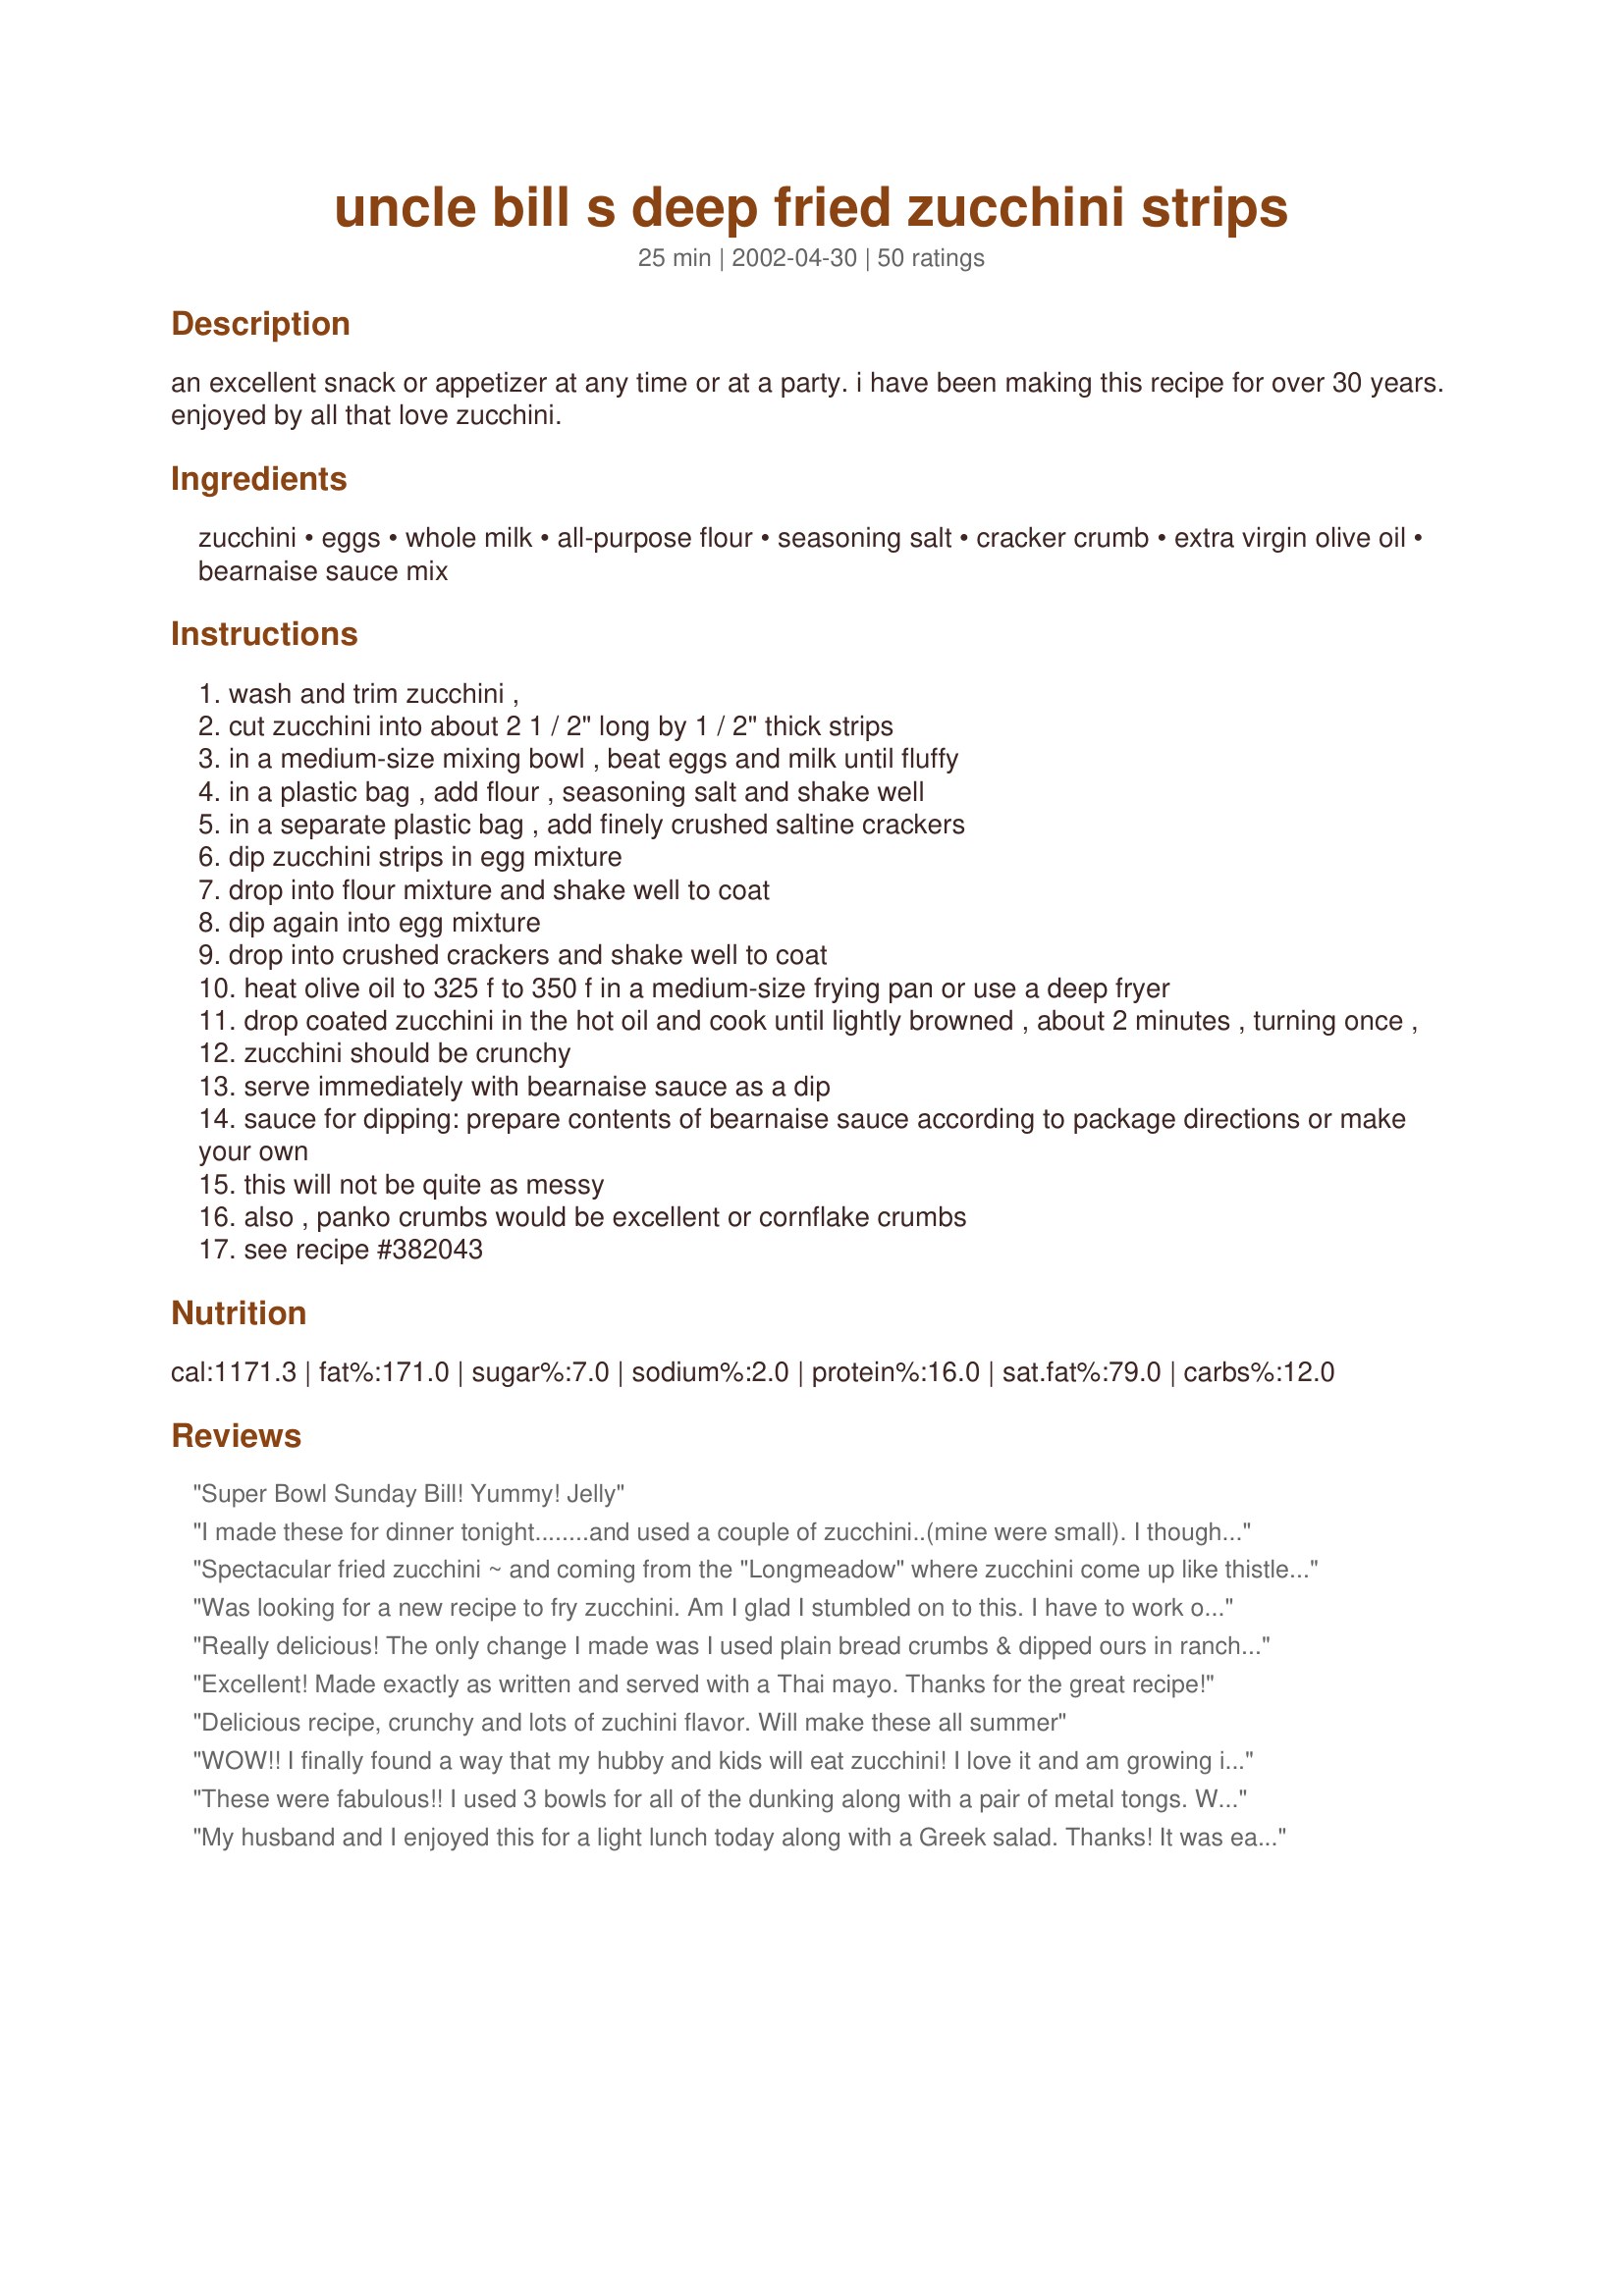
uncle bill s deep fried zucchini strips
Preparation time: 25 minutes

an excellent snack or appetizer at any time or at a party. i have been making this recipe for over 30 years. enjoyed by all that love zucchini.

Ingredients:
zucchini, eggs, whole milk, all-purpose flour, seasoning salt, cracker crumb, extra virgin olive oil, bearnaise sauce mix

Steps:
wash and trim zucchini ,
cut zucchini into about 2 1 / 2" long by 1 / 2" thick strips
in a medium-size mixing bowl , beat eggs and milk until fluffy
in a plastic bag , add flour , seasoning salt and shake well
in a separate plastic bag , add finely crushed saltine crackers
dip zucchini strips in egg mixture
drop into flour mixture and shake well to coat
dip again into egg mixture
drop into crushed crackers and shake well to coat
heat olive oil to 325 f to 350 f in a medium-size frying pan or use a deep fryer
drop coated zucchini in the hot oil and cook until lightly browned , about 2 minutes , turning once ,
zucchini should be crunchy
serve immediately with bearnaise sauce as a dip
sauce for dipping: prepare contents of bearnaise sauce according to package directions or make your own
this will not be quite as messy
also , panko crumbs would be excellent or cornflake crumbs
see recipe #382043

Reviews:
Super Bowl Sunday Bill! Yummy!
Jelly
I made these for dinner tonight........and used a couple of zucchini..(mine were small). <br/>I thought I made too many, but the last left-overs were gone within an hour after dinner !<br/>They are just as good when they cool as when hot. Very good and easy to prepare. Thanks Uncle Bill. Donna
Spectacular fried zucchini ~ and coming from the "Longmeadow" where zucchini come up like thistle growing in our long fields....this comes at the most appropriate time. Man, these are great! The only small change was adding some Tabasco to the egg/milk mixture ~ (but certainly no need to!) I used the Bearnaise sauce...and this complimented the sticks....perfectly. I used panko, and also after dipping the second time in the flour, I let them sit for about 5 minutes then put into panko and that took hold as though I lassoed it to itself. Great recipe, Uncle Bill! Hugs from the farm.
Was looking for a new recipe to fry zucchini. Am I glad I stumbled on to this. I have to work out a system, as it is rather messy, but definitely worth it! Two thumbs and toes up for this one!
Really delicious! The only change I made was I used plain bread crumbs & dipped ours in ranch dressing. My teen who doesn't like veggies, gobbled these up! Go figure!
Excellent! Made exactly as written and served with a Thai mayo. Thanks for the great recipe!
Delicious recipe, crunchy and lots of zuchini flavor. Will make these all summer
WOW!! I finally found a way that my hubby and kids will eat zucchini! I love it and am growing it in the garden but I could not get them to eat it unless it was in zucchini bread. Even my picky hubby loved them. I do need to figure out a less messy way to do it though. My kitchen was a disaster after making them....but they were SOO worth it. I ran out of ranch and the kids started dipping in thousand island dressing and it was actually really good!
These were fabulous!! I used 3 bowls for all of the dunking along with a pair of metal tongs. We also used this to make cheese sticks and they turned out GREAT! I found that what worked best for us was to cut the zucchini into 1/2 inch wide strips, and just over 1/4 inch thick, but we like a lot of "crumb coating" too :) I used just about 1/2 inch of oil and it worked just fine. I think this would be fabulous with other veggies too, like cauliflower or mushrooms!
My husband and I enjoyed this for a light lunch today along with a Greek salad. Thanks! It was easy and so very tasty! Made for the TYM game in the cookbooks forum.
Fabulous! This tasted exactly like deep fried zucchini I have had in restaurants. My husband, who is sick and tired of me sneaking zucchini into everything in an attempt to get rid of it, asked for seconds of this! Suggestion: cut the strips of zucchini fairly thin. The first batch I made was cut too thick, and they were still very crunchy on the inside when the outside was golden brown.
The breading process got a little messy, but no pain -- no gain, right? Totally worth it. And I don't even LIKE zucchini, I made this for my hubby. I served w/ homemade "horsey sauce," and it was GONE within minutes. We loved it and would make again, for sure. Thanks Uncle Bill!
My husband and sister in law loved these for our sunday night dinner. i served them with a baked spaghetti and garlic bread...it was to die for!!!i added a bit of fresh cracked sea salt immedietly to them as i pulled them from the deep fryer and they were sensational
I used buttermilk instead of the whole milk. I also used bread crumbs instead of the cracker crumbs. The zucchini turned out delicious, thanks for the recipe.
Yum! Very good! Thanks for posting! This was my first attempt at ever making anything with zucchini and I've rarely deep fried anything so this was an adventure and not too difficult. I didn't want to use so much oil so I sliced the zucchini into circles I could flip rather than into thick long strips. I also had no seasoning salt but added garlic powder, onion powder, pepper and salt to the flour mixture. (I did only one zucchini and had a lot of flour left.) I also decided to add breadcrumbs to my crackers as I simply squished little soup crackers with my fingers and they still seemed too big. Glad I did that because I did end up running out of crackers. (The ones with the crackers did taste much better than plain breadcrumbs though.) I'm not big on dipping but did put a few in spaghetti sauce. eh...just as good plain.
I used Ritz crackers instead of saltines and added some seasoned bread crumbs plus had a fresh made tzatziki sauce for dipping. Best I EVER had in my life! I will be trying the bearnaise sauce next time as well.
so dang delicious! it's a great way to use up the zucchini in our garden.
These are awesome, Uncle Bill! I served mine with a horseradish/sour cream dip. As with Queen Dragon Mom, I used my french fry cutter to prepare the zucchini. It's a great help. :)
Very good Thanks for posting!
I don't even know where to begin in telling everyone how fabulous these strips taste! We all loved them. I used my new deep fryer to make this recipe. I ran short on cracker crumbs (because I was doubling this recipe) so I mixed what I had with some italian bread crumbs and they still tasted wonderful! They were a hit at our football playoff get together! Thank you for such a great recipe!
I really liked this recipe! I was impatient, unfortunately, since I didn't crush the crackers well enough. Next time, I'll put them in the food processor! I added grated parmesan to the crackers and thoroughly enjoyed these. In addition, I will cut the zucchini into "steaks" to cut down on the prep and cooking time. Thanks for the recipe Uncle Bill!
Update: Made these to go with fried pork, was a great meal.Tried this one yesterday as a side dish. It was great! I had been looking for one like my mom used to make but this one is better. I cut mine into rounds but didn't use the sauce. Served it with orzo and shrimp salad.
Well you did it again, another recipe that I can't get enough of. I was out of saltines but couldn't wait to make these and had some panko on hand, so I used them, gave a nice crispy coating. They were dissapearing as fast as I could cook them. I have since purchased saltines and plan to make them again (not by request, but by demand) and will make them as written. Thanks for another keeper.
These were awesome. I used panko bread crumbs and they were ultra crispy. Yum. I dipped mine in a cucumber dipping sauce and they were perfect!
We have zucchini coming out our ears right now and needed another option that appealed to the family. Uncle Bill to the rescue! These were fantastic! I made sure I sliced it thin as other reviewers mentioned. I used club crackers instead of saltines. Served with a horseradish mayo dipping sauce. Thanks Bill for a keeper!
I just found a zucchini in a my garden...I&#039;m going to try this recipe tonight!
So tasty! The oil was too hot and didn't allow the zucchini to tenderize enough, so we turned it down to about 325 degrees F and it was perfect. I also used breadcrumbs (garlic and herb flavored) as I didn't have saltines on hand. The fried zucchini was so tasty that it inspired us to deep fry a bunch of stuff for fun after starting these- pickles, artichoke hearts, mozzarella, and even cheddar wurst and hot sausages (but the zucchini was my favorite)! Not the healthiest meal, but so good! :) Thank you for sharing this Uncle Bill!
This was very good. I used seasoned bread crumbs instead of saltines and served with a horseradish/mayo sauce. Thank you for sharing. Will make again!
Delicious! The darned things are addictive. Please excuse me while I go eat some more...
Thanks, Bill, for posting this.
(A french fry cutter works great to prepare the zucchini....)
This was really good! this even got my picky 3 year old to eat zucchini!!
These are great and so much cheaper than restaurant ones. Thank you for a keeper.
AWSOME! This recipe was easy and delicious my whole family loved it. I reccomend making the cracker crumbs very fine but otherwise a great recipe. 
 Thanks will use again
Great breading. Used Panko Japanese crumbs (cause that was laying around) and fried in peanut oil. Great crunch but needed some flavor (tried seasoning them but I just couldn't get the flavor to my liking). I think next time we'll go with the saltines and evoo. I think the Panko and peanut oil combo was too bland. But the technique produced a superb breading! Thanks Uncle Bill.
These are wonderful! I followed the recipe as written. I rolled my cracker crumbs really fine with a rolling pin. I used vegetable oil to fry them, and as they came out of the fryer, I salted them lightly. I only used the firm part of the zucchini, I toss out the seedy part. These were firm, crisp, and very tasty!! We will make these again! Thanks Uncle Bill!
These were very good! I didn't have any cracker crumbs but I was reading another one of your recipes that called for cracker crumbs OR breadcrumbs so I subbed bread crumbs. I served with a mayo/horseradish sauce. Really terrific!
Soooo good. I loved this as did the rest of my family. They cooked up so good and the dipping sauce was very good with the zucchini. Its getting closer for my own zucchini to become ready so this will be the first think I make with them.....Thank you for posting.
Wow! These were adored by all! My guests raved and loved them! Thanks Unc!
Thanks for a great recipe-I took the advice of Pot Scrubber and used breadcrumbs instead of cracker crumbs. I added some grated parm-reggiano to the breadcrumbs too. Thanks again!
This recipe was good. Very crispy, but lacked a bit of spice.
I used a different recipe for the flour seasoning mix but I used your method and the cracker crumbs. That was such a great addition. I tried them both with and without the cracker crumbs and with was so so good. I also used them for green beans and cauliflower. It was okay on the cauliflower bur wonderful also on the green beans. I will be doing this again. YUM.
Loved it. My kids ate up the zucchini like there was no tomorrow.
Tried the recipe with the addition of parmesan cheese to panko breading....really liked the results. Even people who do not like zucchini enjoyed this preparation. Will do these again.
Well, Uncle Bill you've done it again! Fantastic recipe! I made this using a deep fryer and Panko for the cracker crumbs. It took a while for me to find the bearnaise but I was surprised at how tasty it is and glad I made the extra effort to find it. Many thanks for posting!
Ohmigosh...so tasty, fairly easy to make. Mine looked nothing like the beautiful picture, but I used roughly crumbled crackers when I probably should have used cracker meal. The strips took just a few minutes in shallow veg oil, drained and salted well. Served with marinara...got a 'wow' from DH...I think that means its a keeper. (I like them cold too!)
Absolutely LOVED the crispiness of this recipe! I added some Italian seasoning and grated Parmesan/Romano to the crushed crackers. I will definitely be making this again A new favorite for my family. Thanks &quot;Uncle Bill&quot; !!!!!
Yum, thanks! I used multigrain saltines, more than 1/2 tsp of seasoning salt, and added kosher salt, black pepper and garlic powder to the flour mix. I served with a dip I made from just light mayonnaise, lemon juice and garlic salt. Delicious side dish for our pork chops!
This is an excellent recipe. I used corn flakes instead of saltines and they were great!!
We dip these in homemade cocktail sauce (ketchup, horseradish ad a squeeze of lemon)
YUMMMMMMMM!!!!!
These are so good! I didn't have cracker crumbs, so used panko instead. I dipped these in a jalapeno dip (<a href="/182136">Chuy's Creamy Jalepeno Dip</a>). Thanks Uncle Bill.
These were great, I didn't have salitines so used crushed cornflakes in its place. We love them and I will definately be making these again.
